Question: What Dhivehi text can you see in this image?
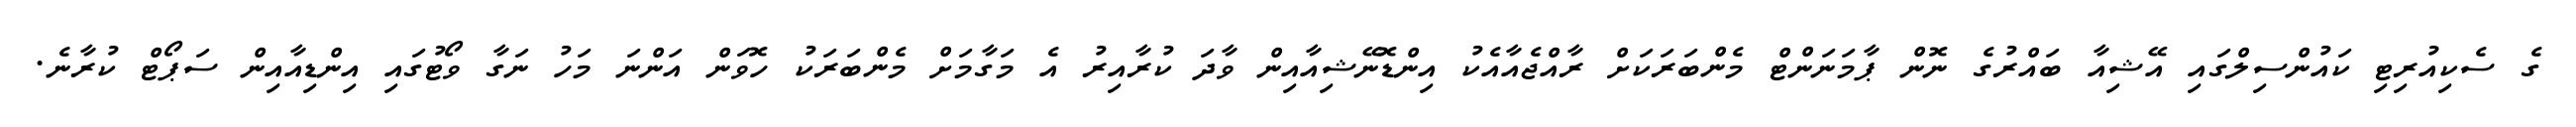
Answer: ގެ ސެކިއުރިޓި ކައުންސިލްގައި އޭޝިއާ ބައްރުގެ ނޮން ޕާމަނަންޓް މެންބަރަކަށް ރާއްޖެއާއެކު އިންޑޮނޭޝިއާއިން ވާދަ ކުރާއިރު އެ މަގާމަށް މެންބަރަކު ހޮވަން އަންނަ މަހު ނަގާ ވޯޓުގައި އިންޑިއާއިން ސަޕޯޓް ކުރާނެ.